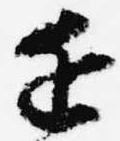
近